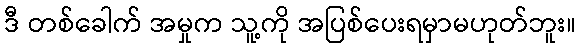
ဒီ တစ်ခေါက် အမှုက သူ့ကို အပြစ်ပေးရမှာမဟုတ်ဘူး။